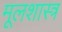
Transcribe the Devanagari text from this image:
मूलशास्त्र